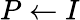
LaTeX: P\gets I